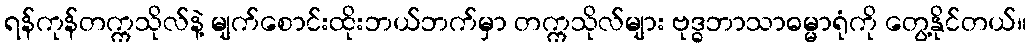
ရန်ကုန်တက္ကသိုလ်နဲ့ မျက်စောင်းထိုးဘယ်ဘက်မှာ တက္ကသိုလ်များ ဗုဒ္ဓဘာသာဓမ္မာရုံကို တွေ့နိုင်တယ်။